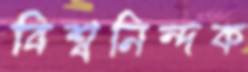
বিশ্বনিন্দক